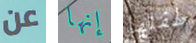
عن إنها طفلها